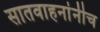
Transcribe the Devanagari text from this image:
सातवाहनांनीच